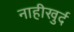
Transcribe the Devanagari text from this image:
नाहीखुर्द